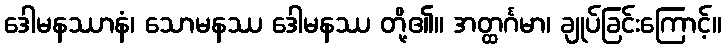
ဒေါမနဿာနံ၊ သောမနဿ ဒေါမနဿ တို့၏။ အတ္ထင်္ဂမာ၊ ချုပ်ခြင်းကြောင့်။